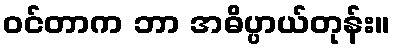
ဝင်တာက ဘာ အဓိပ္ပာယ်တုန်း။